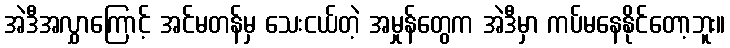
အဲဒီအလွှာကြောင့် အင်မတန်မှ သေးငယ်တဲ့ အမှုန်တွေက အဲဒီမှာ ကပ်မနေနိုင်တော့ဘူး။